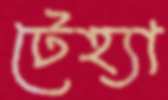
টেহ্যা